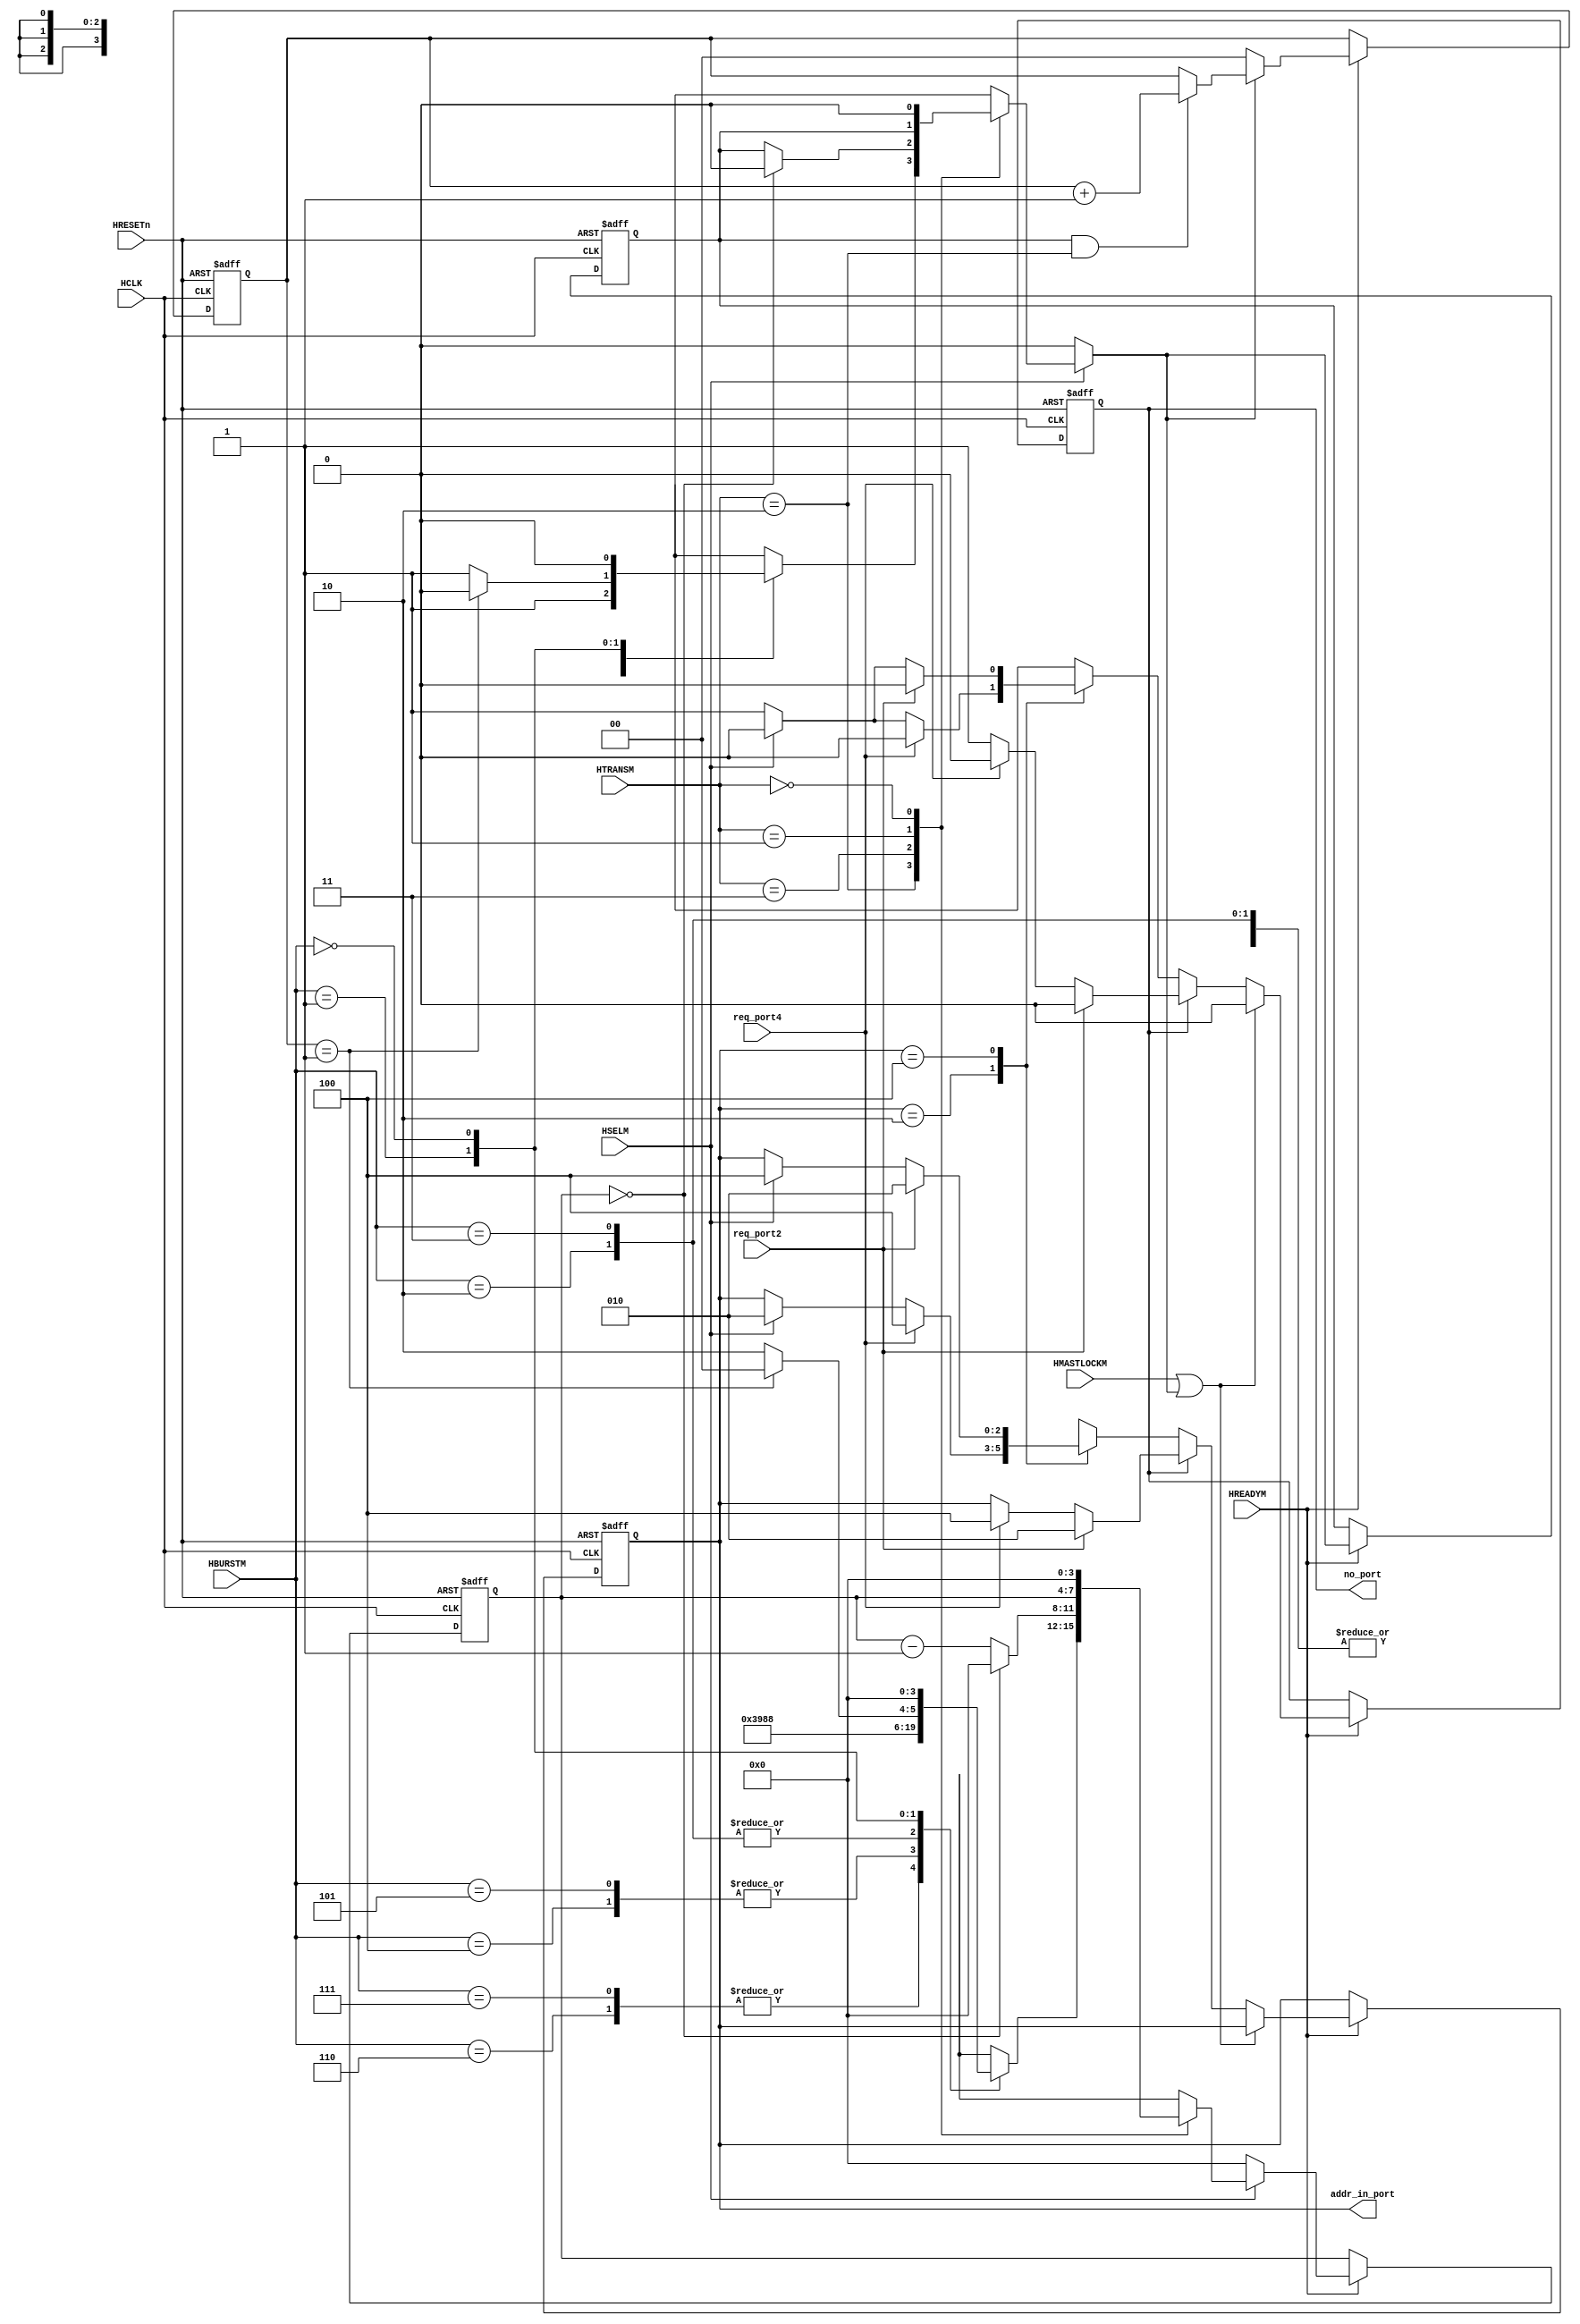
//-----------------------------------------------------------------------------
// The confidential and proprietary information contained in this file may
// only be used by a person authorised under and to the extent permitted
// by a subsisting licensing agreement from ARM Limited.
//
//            (C) COPYRIGHT 2001-2013-2020 ARM Limited.
//                ALL RIGHTS RESERVED
//
// This entire notice must be reproduced on all copies of this file
// and copies of this file may only be made by a person if such person is
// permitted to do so under the terms of a subsisting license agreement
// from ARM Limited.
//
//      SVN Information
//
//      Checked In          : $Date: 2012-10-15 18:01:36 +0100 (Mon, 15 Oct 2012) $
//
//      Revision            : $Revision: 225465 $
//
//      Release Information : Cortex-M System Design Kit-r1p0-01rel0
//
//-----------------------------------------------------------------------------
//
//-----------------------------------------------------------------------------
//  Abstract            : The Output Arbitration is used to determine which
//                        of the input stages will be given access to the
//                        shared slave.
//
//  Notes               : The bus matrix has sparse connectivity.
//
//-----------------------------------------------------------------------------

`timescale 1ns/1ps

module cmsdk_MyArbiterNameM3 (

    // Common AHB signals
    HCLK ,
    HRESETn,

    // Input port request signals
    req_port2,
    req_port4,

    HREADYM,
    HSELM,
    HTRANSM,
    HBURSTM,
    HMASTLOCKM,

    // Arbiter outputs
    addr_in_port,
    no_port

    );


// -----------------------------------------------------------------------------
// Input and Output declarations
// -----------------------------------------------------------------------------

    // Common AHB signals
    input        HCLK;         // AHB system clock
    input        HRESETn;      // AHB system reset
    input        req_port2;     // Port 2 request signal
    input        req_port4;     // Port 4 request signal
    input        HREADYM;      // Transfer done
    input        HSELM;        // Slave select line
    input  [1:0] HTRANSM;      // Transfer type
    input  [2:0] HBURSTM;      // Burst type
    input        HMASTLOCKM;   // Locked transfer
    output [2:0] addr_in_port;   // Port address input
    output       no_port;      // No port selected signal


// -----------------------------------------------------------------------------
// Constant declarations
// -----------------------------------------------------------------------------
// HTRANS transfer type signal encoding
`define TRN_IDLE   2'b00       // Idle transfer
`define TRN_BUSY   2'b01       // Busy transfer
`define TRN_NONSEQ 2'b10       // NonSequential transfer
`define TRN_SEQ    2'b11       // Sequential transfer

// HBURST transfer type signal encoding
`define BUR_SINGLE 3'b000       // Single
`define BUR_INCR   3'b001       // Incremental
`define BUR_WRAP4  3'b010       // 4-beat wrap
`define BUR_INCR4  3'b011       // 4-beat Incr
`define BUR_WRAP8  3'b100       // 8-beat wrap
`define BUR_INCR8  3'b101       // 8-beat Incr
`define BUR_WRAP16 3'b110       // 16-beat Wrap
`define BUR_INCR16 3'b111       // 16-beat Incr


// -----------------------------------------------------------------------------
// Wire declarations
// -----------------------------------------------------------------------------
    wire       HCLK;           // AHB system clock
    wire       HRESETn;        // AHB system reset
    wire       req_port2;       // Port 2 request signal
    wire       req_port4;       // Port 4 request signal
    wire       HREADYM;        // Transfer done
    wire       HSELM;          // Slave select line
    wire [1:0] HTRANSM;        // Transfer type
    wire [2:0] HBURSTM;        // Burst type
    wire       HMASTLOCKM;     // Locked transfer
    wire [2:0] addr_in_port;     // Address input port
    wire       no_port;        // No port selected signal


// -----------------------------------------------------------------------------
// Signal declarations
// -----------------------------------------------------------------------------
    reg  [2:0] next_addr_in_port; // D-input of addr_in_port
    reg                 next_no_port;      // D-input of no_port
    reg  [2:0] i_addr_in_port;    // Internal version of addr_in_port
    reg                 i_no_port;         // Internal version of no_port

    // Burst counter logic
    reg  [3:0] next_burst_remain;    // D-input of reg_burst_remain
    reg  [3:0] reg_burst_remain;     // Burst counter
    reg        next_burst_hold;      // D-input of reg_burst_hold
    reg        reg_burst_hold;       // Burst hold signal

    // INCR burst logic
    reg  [1:0] reg_early_incr_count; // Counts number of INCR bursts terminated
                                     //  earlier than 4-beats
    wire [1:0] next_early_incr_count; // D-input for reg_early_incr_count


// -----------------------------------------------------------------------------
// Beginning of main code
// -----------------------------------------------------------------------------

// -----------------------------------------------------------------------------
// BURST TRANSFER COUNTER
// -----------------------------------------------------------------------------
//
// The Burst counter is used to count down from the number of transfers the
// master should perform and when the counter reaches zero the bus may be
// passed to another master.
//
// reg_burst_remain indicates the number of transfers remaining in the
// current fixed length burst after the current transfer.
// reg_burst_hold is set when transfers remain in a burst and causes the arbitration
// to be held in the current cycle

  always @ (HTRANSM or HSELM or HBURSTM or reg_burst_remain or reg_burst_hold or
            reg_early_incr_count)
    begin : p_next_burst_remain_comb
      // Force the Burst logic to reset if this port is de-selected.  This would
      // otherwise cause problems in several situations, e.g.:
      //   1. The master performs 2 fixed-length bursts back-to-back, but the
      //      second is to an alternate output port
      //   2. The master is performing a fixed-length burst but is de-granted mid-
      //      way by a local AHB Arbiter
      if (~HSELM)
        begin
          next_burst_remain = 4'b0000;
          next_burst_hold  = 1'b0;
        end

      // Burst logic is initialised on a NONSEQ transfer (i.e. start of burst)
      // IDLE transfers cause the logic to reset
      // BUSY transfers pause the decrementer
      // SEQ transfers decrement the counter
      else
        case (HTRANSM)

          `TRN_NONSEQ : begin
            case (HBURSTM)
              `BUR_INCR16, `BUR_WRAP16 : begin
                next_burst_remain = 4'b1110;
                next_burst_hold = 1'b1;
              end // case: BUR_INCR16 | BUR_WRAP16

              `BUR_INCR8, `BUR_WRAP8 : begin
                next_burst_remain = 4'b0110;
                next_burst_hold = 1'b1;
              end // case: BUR_INCR8 | BUR_WRAP8

              `BUR_INCR4, `BUR_WRAP4 : begin
                next_burst_remain = 4'b0010;
                next_burst_hold = 1'b1;
              end // case: BUR_INCR4 | BUR_WRAP4

              `BUR_INCR : begin
                if (reg_early_incr_count == 2'b01)
                  begin
                    next_burst_remain = 4'b0000;
                    next_burst_hold = 1'b0;
                  end
                else
                  begin
                    next_burst_remain = 4'b0010;
                    next_burst_hold = 1'b1;
                  end
              end // case: BUR_INCR

              `BUR_SINGLE : begin
                next_burst_remain = 4'b0000;
                next_burst_hold  = 1'b0;
              end // case: BUR_SINGLE | BUR_INCR

              default : begin
                next_burst_remain = 4'bxxxx;
                next_burst_hold = 1'bx;
              end // case: default

            endcase // case(HBURSTM)
          end // case: `TRN_NONSEQ

          `TRN_SEQ : begin
            if (reg_burst_remain == 4'b0000)
              begin
                next_burst_hold = 1'b0;
                next_burst_remain = 4'b0000;
              end
            else
              begin
                next_burst_hold = reg_burst_hold;
                next_burst_remain = reg_burst_remain - 1'b1;
              end
          end // case: `TRN_SEQ

          `TRN_BUSY : begin
            next_burst_remain = reg_burst_remain;
            next_burst_hold = reg_burst_hold;
          end // case: `TRN_BUSY

          `TRN_IDLE : begin
            next_burst_remain = 4'b0000;
            next_burst_hold = 1'b0;
          end // case: `TRN_IDLE

          default : begin
            next_burst_remain = 4'bxxxx;
            next_burst_hold = 1'bx;
          end // case: default

        endcase // case(HTRANSM)
    end // block: p_next_burst_remain_comb


  // reg_early_incr_count counts the number of bursts which have terminated
  // earlier than the defined arbitration point: this is primarily
  // intended to detect back-to-back INCR bursts which are less than 4
  // beats long.  If such bursts are not counted then theoretically a
  // sequence of e.g. 3-beat INCR bursts from a master would lock the
  // arbitration scheme indefinitely.

  assign next_early_incr_count = (!next_burst_hold) ? 2'b00 :
                               (reg_burst_hold & (HTRANSM == `TRN_NONSEQ)) ?
                                reg_early_incr_count + 1'b1 :
                                reg_early_incr_count;

  // Sequential process
  always @ (negedge HRESETn or posedge HCLK)
    begin : p_burst_seq
      if (~HRESETn)
        begin
          reg_burst_remain     <= 4'b0000;
          reg_burst_hold       <= 1'b0;
          reg_early_incr_count <= 2'b00;
        end // if (HRESETn == 1'b0)
      else
        if (HREADYM)
          begin
            reg_burst_remain     <= next_burst_remain;
            reg_burst_hold       <= next_burst_hold;
            reg_early_incr_count <= next_early_incr_count;
          end
    end // block: p_burst_seq


// -----------------------------------------------------------------------------
// Port Selection
// -----------------------------------------------------------------------------
// The Output Arbitration function looks at all the requests to use the
//  output port and determines which is the highest priority request. This
//  version of the arbitration logic uses a round-robin scheme.
// For example if port 1 is currently in use then the arbiter will first check
//  if port 2 requires access, then it checks port 3, then port 4 etc. When
//  port 2 is currently in use it will check port 3 first then port 4 and
//  all  remaining ports, before finally checking port 1.
// If none of the input ports are requesting then the current port will
//  remain active if it is performing IDLE transfers to the selected slave. If
//  this is not the case then the no_port signal will be asserted which
//  indicates that no input port should be selected.

  always @ (
             req_port2 or
             req_port4 or
             HMASTLOCKM or next_burst_hold or HSELM or i_no_port or i_addr_in_port
           )
    begin : p_sel_port_comb
      // Default values are used for next_no_port and next_addr_in_port
      next_no_port = 1'b0;
      next_addr_in_port = i_addr_in_port;

      if ( HMASTLOCKM | next_burst_hold )
        next_addr_in_port = i_addr_in_port;
      else if (i_no_port)
        begin
          if (req_port2)
            next_addr_in_port = 3'b010;
          else if (req_port4)
            next_addr_in_port = 3'b100;
          else
            next_no_port = 1'b1;
        end
      else
        case (i_addr_in_port)
          3'b010 : begin
            if (req_port4)
              next_addr_in_port = 3'b100;
            else if (HSELM)
              next_addr_in_port = 3'b010;
            else
              next_no_port = 1'b1;
          end

          3'b100 : begin
            if (req_port2)
              next_addr_in_port = 3'b010;
            else if (HSELM)
              next_addr_in_port = 3'b100;
            else
              next_no_port = 1'b1;
          end

          default : begin
            next_addr_in_port = {3{1'bx}};
            next_no_port = 1'bx;
          end
      endcase
    end

  // Sequential process
  always @ (negedge HRESETn or posedge HCLK)
    begin : p_addr_in_port_reg
      if (~HRESETn)
        begin
          i_no_port      <= 1'b1;
          i_addr_in_port <= {3{1'b0}};
        end
      else
        if (HREADYM)
          begin
            i_no_port      <= next_no_port;
            i_addr_in_port <= next_addr_in_port;
          end
    end

  // Drive outputs with internal versions
  assign addr_in_port = i_addr_in_port;
  assign no_port      = i_no_port;


endmodule

// --================================= End ===================================--